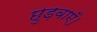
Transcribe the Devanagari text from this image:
छुड़वाएँ।